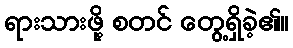
ရားသားဖို့ စတင် တွေ့ရှိခဲ့၏။